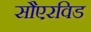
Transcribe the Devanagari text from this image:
सौएरविड